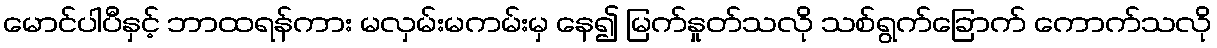
မောင်ပါပီနှင့် ဘာထရန်ကား မလှမ်းမကမ်းမှ နေ၍ မြက်နှုတ်သလို သစ်ရွက်ခြောက် ကောက်သလို